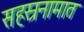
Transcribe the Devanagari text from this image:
सहस्रनामात